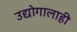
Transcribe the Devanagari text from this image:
उद्योगालाही